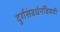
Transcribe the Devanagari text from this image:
दुर्गसंवर्धनविषयी